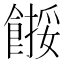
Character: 𩝺